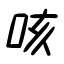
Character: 咳